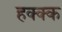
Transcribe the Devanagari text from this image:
हक्क्क